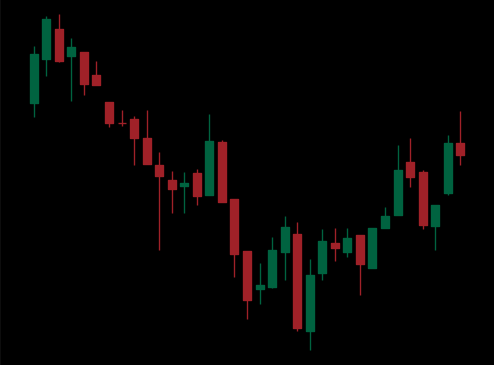
Pattern: bull_flag